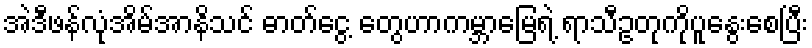
အဲဒီဖန်လုံအိမ်အာနိသင် ဓာတ်ငွေ့ တွေဟာကမ္ဘာမြေရဲ့ ရာသီဥတုကိုပူနွေးစေပြီး